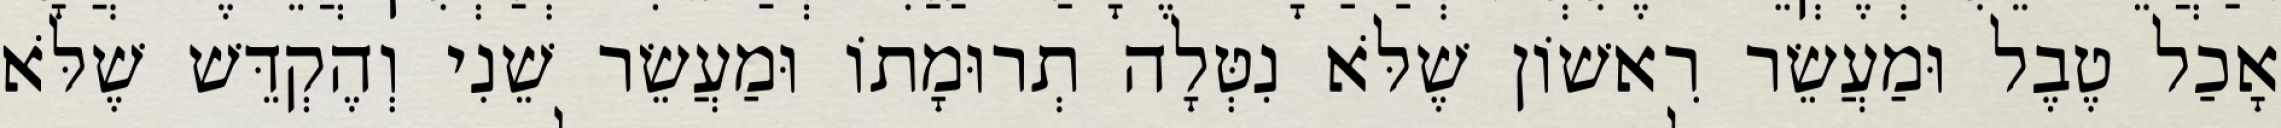
אָכַל טֶבֶל וּמַעֲשֵׂר רִאשׁוֹן שֶׁלֹּא נִטְּלָה תְרוּמָתוֹ וּמַעֲשֵׂר שֵׁנִי וְהֶקְדֵּשׁ שֶׁלֹּא